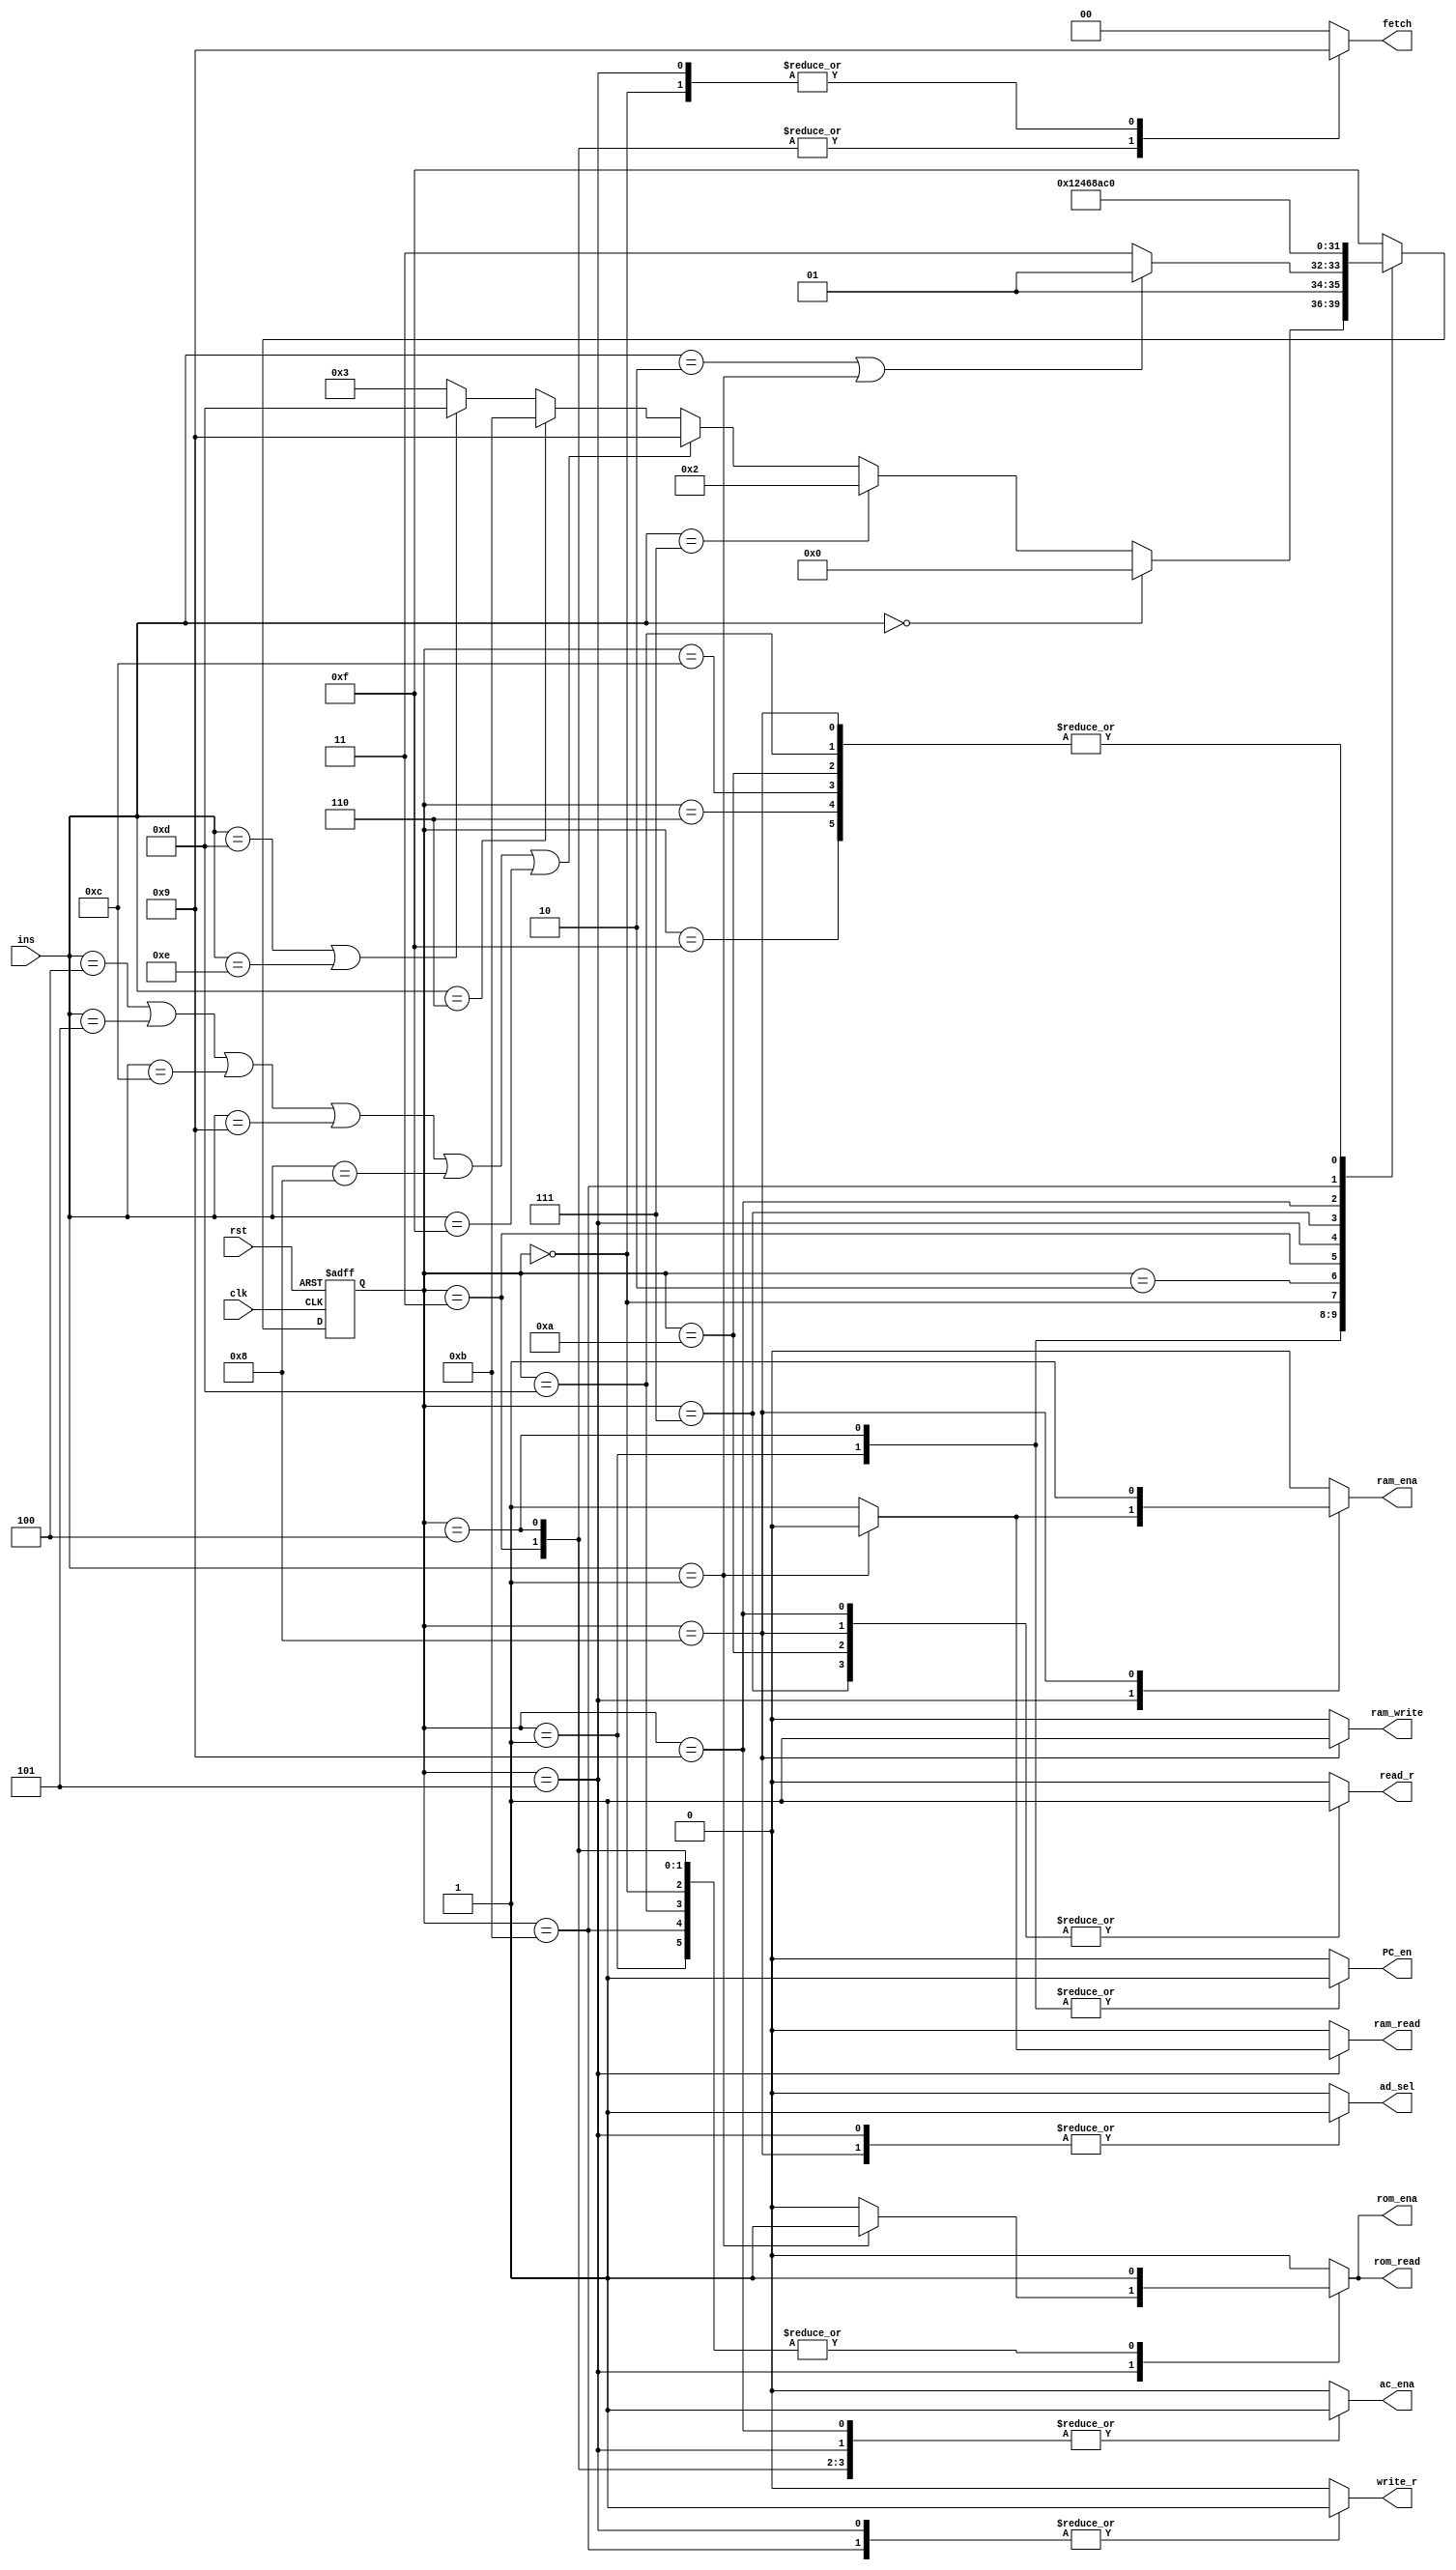
module controller(ins, clk, rst, write_r, read_r, PC_en, fetch, ac_ena, ram_ena, rom_ena,ram_write, ram_read, rom_read, ad_sel);

input clk, rst;   		// clock, reset
input [3:0] ins;  		// instructions, 3 bits, 8 types

// Enable signals
output reg write_r, read_r, PC_en, ac_ena, ram_ena, rom_ena;

// ROM: where instructions are storaged. Read only.
// RAM: where data is storaged, readable and writable.
output reg ram_write, ram_read, rom_read, ad_sel;

output reg [1:0] fetch;		// 01: to fetch from RAM/ROM; 10: to fetch from REG

// State code(current state)
reg [3:0] state;		// current state
reg [3:0] next_state; 	// next state


// instruction code
parameter 	NOP=4'b0000, // no operation
			LDO=4'b0001,	// load ROM to register
			LDA=4'b0010, // load RAM to register
			STO=4'b0011, // Store intermediate results to accumulator
			PRE=4'b0100, // Prefetch Data from Address
			ADD=4'b0101, // Adds the contents of the memory address or integer to the accumulator
			LDM=4'b0110, // Load Multiple
			HLT=4'b0111, // Halt
			AND=4'b1000, // AND the contents of the memory address or integer to the accumulator
			OR=4'b1001, // OR the contents of the memory address or integer to the accumulator
			//SLEF=4'b1010, //Shift Left
			//SRIG=4'b1011, //Shift Right
			SUB=4'b1100, //Subtract contents of the memory address or integer to the accumulator
			INC=4'b1101, //Increment the contents of the memory address or integer to the accumulator by 1
			DEC=4'b1110, //Decrement the contents of the memory address or integer to the accumulator by 1
			XOR=4'b1111; //XOR the contents of the memory address or integer to the accumulator

// state code			 
parameter Sidle=4'hf,
			 S0=4'd0,
			 S1=4'd1,
			 S2=4'd2,
			 S3=4'd3,
			 S4=4'd4,
			 S5=4'd5,
			 S6=4'd6,
			 S7=4'd7,
			 S8=4'd8,
			 S9=4'd9,
			 S10=4'd10,
			 S11=4'd11,
			 S12=4'd12,
			 S13=4'd13;
			 
//PART A: D flip latch; State register
always @(posedge clk or negedge rst) 
begin
	if(!rst) state<=Sidle;
		//current_state <= Sidle;
	else state<=next_state;
		//current_state <= next_state;	
end

//PART B: Next-state combinational logic
always @*
begin
case(state)
S1:		begin
			if (ins==NOP) next_state=S0;
			else if (ins==HLT)  next_state=S2;
			else if (ins==PRE | ins==ADD | ins==SUB | ins==OR | ins==AND | ins==XOR) next_state=S9;
			else if (ins==LDM) next_state=S11;
			else if (ins==INC | ins==DEC) next_state=S13;
			else next_state=S3;
		end

S4:		begin
			if (ins==LDA | ins==LDO) next_state=S5;
			//else if (ins==STO) next_state=S7; 
			else next_state=S7; // ---Note: there are only 3 long instrucions. So, all the cases included. if (counter_A==2*b11)
		end
Sidle:	next_state=S0;
S0:		next_state=S1;
S2:	    next_state=S2;
S3:		next_state=S4;
S5:		next_state=S6;
S6:		next_state=S0;
S7:		next_state=S8;
S8:		next_state=S0;
S9:		next_state=S10;
S10:	next_state=S0;
S11:	next_state=S12;
S12:	next_state=S0;
S13:	next_state=S0;
default: next_state=Sidle;
endcase
end

// another style
//PART C: Output combinational logic
always@*
begin 
case(state)
// --Note: for each statement, we concentrate on the current state, not next_state
// because it is combinational logic.
  Sidle: begin
		 write_r=1'b0;
		 read_r=1'b0;
		 PC_en=1'b0; 
		 ac_ena=1'b0;
		 ram_ena=1'b0;
		 rom_ena=1'b0;
		 ram_write=1'b0;
		 ram_read=1'b0;
		 rom_read=1'b0;
		 ad_sel=1'b0;
		 fetch=2'b00;
		 end
     S0: begin // load IR
		 write_r=0;
		 read_r=0;
		 PC_en=0;
		 ac_ena=0;
		 ram_ena=0;
		 rom_ena=1;
		 ram_write=0;
		 ram_read=0;
		 rom_read=1;
		 ad_sel=0;
		 fetch=2'b01;
		 end
     S1: begin
		 write_r=0;
		 read_r=0;
		 PC_en=1; 
		 ac_ena=0;
		 ram_ena=0;
		 ram_write=0;
		 ram_read=0;
		 rom_ena=1;
		 rom_read=1; 
		 ad_sel=0;
		 fetch=2'b00;
		 end
     S2: begin
		 write_r=0;
		 read_r=0;
		 PC_en=0;
		 ac_ena=0;
		 ram_ena=0;
		 rom_ena=0;
		 ram_write=0;
		 ram_read=0;
		 rom_read=0;
		 ad_sel=0;
		 fetch=2'b00;
		 end
     S3: begin 
		 write_r=0;
		 read_r=0;
		 PC_en=0;
		 ac_ena=1; 
		 ram_ena=0;
		 rom_ena=1;
		 ram_write=0;
		 ram_read=0;
		 rom_read=1;
		 ad_sel=0;
	     fetch=2'b10; 
		 end
S4: begin
		 write_r=0;
		 read_r=0;
		 PC_en=1;
		 ac_ena=1;
		 ram_ena=0;
		 ram_write=0;
		 ram_read=0;
		 rom_ena=1; 
		 rom_read=1;
		 ad_sel=0;
		 fetch=2'b10; 
		 end
     S5: begin
		 if (ins==LDO)
		 begin
		 write_r=1;
		 read_r=0;
		 PC_en=0;
		 ac_ena=1;
		 ram_ena=0;
		 ram_write=0;
		 ram_read=0;
		 rom_ena=1;
		 rom_read=1;
		 ad_sel=1;
		 fetch=2'b01; 		 
		 end
		 else 
		 begin
		 write_r=1;
		 read_r=0;
		 PC_en=0;
		 ac_ena=1;
		 ram_ena=1;
	   	 ram_write=0;
		 ram_read=1;
		 rom_ena=0;
		 rom_read=0;
		 ad_sel=1;
		 fetch=2'b01;
		 end	 
		 end
     S6: begin 

	 write_r=1'b0;
		 read_r=1'b0;
		 PC_en=1'b0; //** not so sure, log: change 1 to 0
		 ac_ena=1'b0;
		 ram_ena=1'b0;
		 rom_ena=1'b0;
		 ram_write=1'b0;
		 ram_read=1'b0;
		 rom_read=1'b0;
		 ad_sel=1'b0;
		 fetch=2'b00;
	end

     S7: begin // STO, reg->ram. step1. read REG
		 write_r=0;
		 read_r=1;
		 PC_en=0;
		 ac_ena=0;
		 ram_ena=0;
		 rom_ena=0;
		 ram_write=0;
		 ram_read=0;
		 rom_read=0;
		 ad_sel=0;
		 fetch=2'b00;
		 end
     S8: begin // STO, step2, write RAM
		 write_r=0;
		 read_r=1;
		 PC_en=0;
		 ac_ena=0;
		 rom_read=0;
		 rom_ena=0;

		 ram_ena=1;
		 ram_write=1;
		 ram_read=0;

		 ad_sel=1;
		 fetch=2'b00; //fetch=2'b10, ram_ena=1, ram_write=1, ad_sel=1;
		 end
     S9: begin 
		 if (ins==PRE) // REG->ACCUM
		 begin
		 write_r=0;
		 read_r=1;
		 PC_en=0;
		 ac_ena=1;
		 ram_ena=0;
		 rom_ena=0;
		 ram_write=0;
		 ram_read=0;
		 rom_read=0;
		 ad_sel=0;
		 fetch=2'b00;
		 end
		 else 
		 begin 
		 write_r=0;
		 read_r=1;
		 PC_en=0;
		 ac_ena=1;
		 ram_ena=0;
		 rom_ena=0;
		 ram_write=0;
		 ram_read=0;
		 rom_read=0;
		 ad_sel=0;
 
		 fetch=2'b00;		 
		 end 
		 end
    S10: begin
		 write_r=0;
		 read_r=1;
		 PC_en=0;
		 ac_ena=0;
		 ram_ena=0;
		 rom_ena=0;
		 ram_write=0;
		 ram_read=0;
		 rom_read=0;
		 ad_sel=0;
		 fetch=2'b00;
		 end
    S11: begin // LDM, step1, write reg
		 write_r=1;
		 read_r=0;
		 PC_en=0;
		 ac_ena=1;
		 ram_ena=0;
		
		 ram_write=0;
		 ram_read=0;
		 rom_ena=1;
		 rom_read=1;
		 ad_sel=0;
		 fetch=2'b00;
		 		
		 end
    S12: begin 
		 write_r=0;
		 read_r=0;
		 PC_en=0;
		 ac_ena=0;
		 ram_ena=0;
		 rom_ena=0;
		 ram_write=0;
		 ram_read=0;
		 rom_read=0;
		 ad_sel=0;
		 fetch=2'b00;	 
		 end
	 S13:begin //INC & DEC
		 write_r=0;
		 read_r=0;
		 PC_en=0;
		 ac_ena=1;
		 ram_ena=0;
		 rom_ena=1;
		 ram_write=0;
		 ram_read=0;
		 rom_read=1;
		 ad_sel=0;
		 fetch=2'b00;	 
		 end
default: begin
		 write_r=0;
		 read_r=0;
		 PC_en=0;
		 ac_ena=0;
		 ram_ena=0;
		 rom_ena=0;
		 ram_write=0;
		 ram_read=0;
		 rom_read=0;
		 ad_sel=0;
		 fetch=2'b00;		 
		 end
endcase
end
endmodule